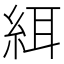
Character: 䋙